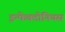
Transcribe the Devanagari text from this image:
इन्फेक्टोनियस